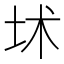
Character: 𡊍